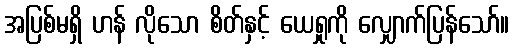
အပြစ်မရှိ ဟန် လိုသော စိတ်နှင့် ယေရှုကို လျှောက်ပြန်သော်။